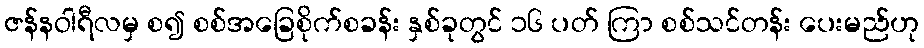
ဇန်နဝါရီလမှ စ၍ စစ်အခြေစိုက်စခန်း နှစ်ခုတွင် ၁၆ ပတ် ကြာ စစ်သင်တန်း ပေးမည်ဟု